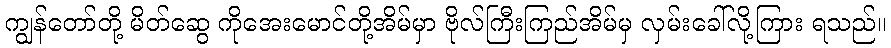
ကျွန်တော်တို့ မိတ်ဆွေ ကိုအေးမောင်တို့အိမ်မှာ ဗိုလ်ကြီးကြည်အိမ်မှ လှမ်းခေါ်လို့ကြား ရသည်။